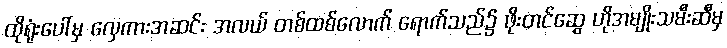
ထိုရုံးပေါ်မှ လှေကားအဆင်း အလယ် တစ်ထစ်လောက် ရောက်သည်၌ ဖိုးတင်ဆွေ ဟိုအမျိုးသမီးဆီမှ